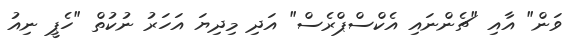
ވަން" އާއި "ޗެންނައި އެކްސްޕްރެސް" އަދި މިދިޔަ އަހަރު ނުކުތް "ހެޕީ ނިއު